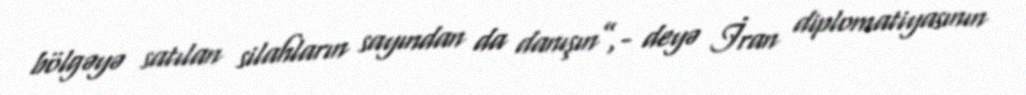
bölgəyə satılan silahların sayından da danışın”,- deyə İran diplomatiyasının